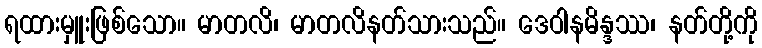
ရထားမှူးဖြစ်သော။ မာတလိ၊ မာတလိနတ်သားသည်။ ဒေဝါနမိန္ဒဿ၊ နတ်တို့ကို